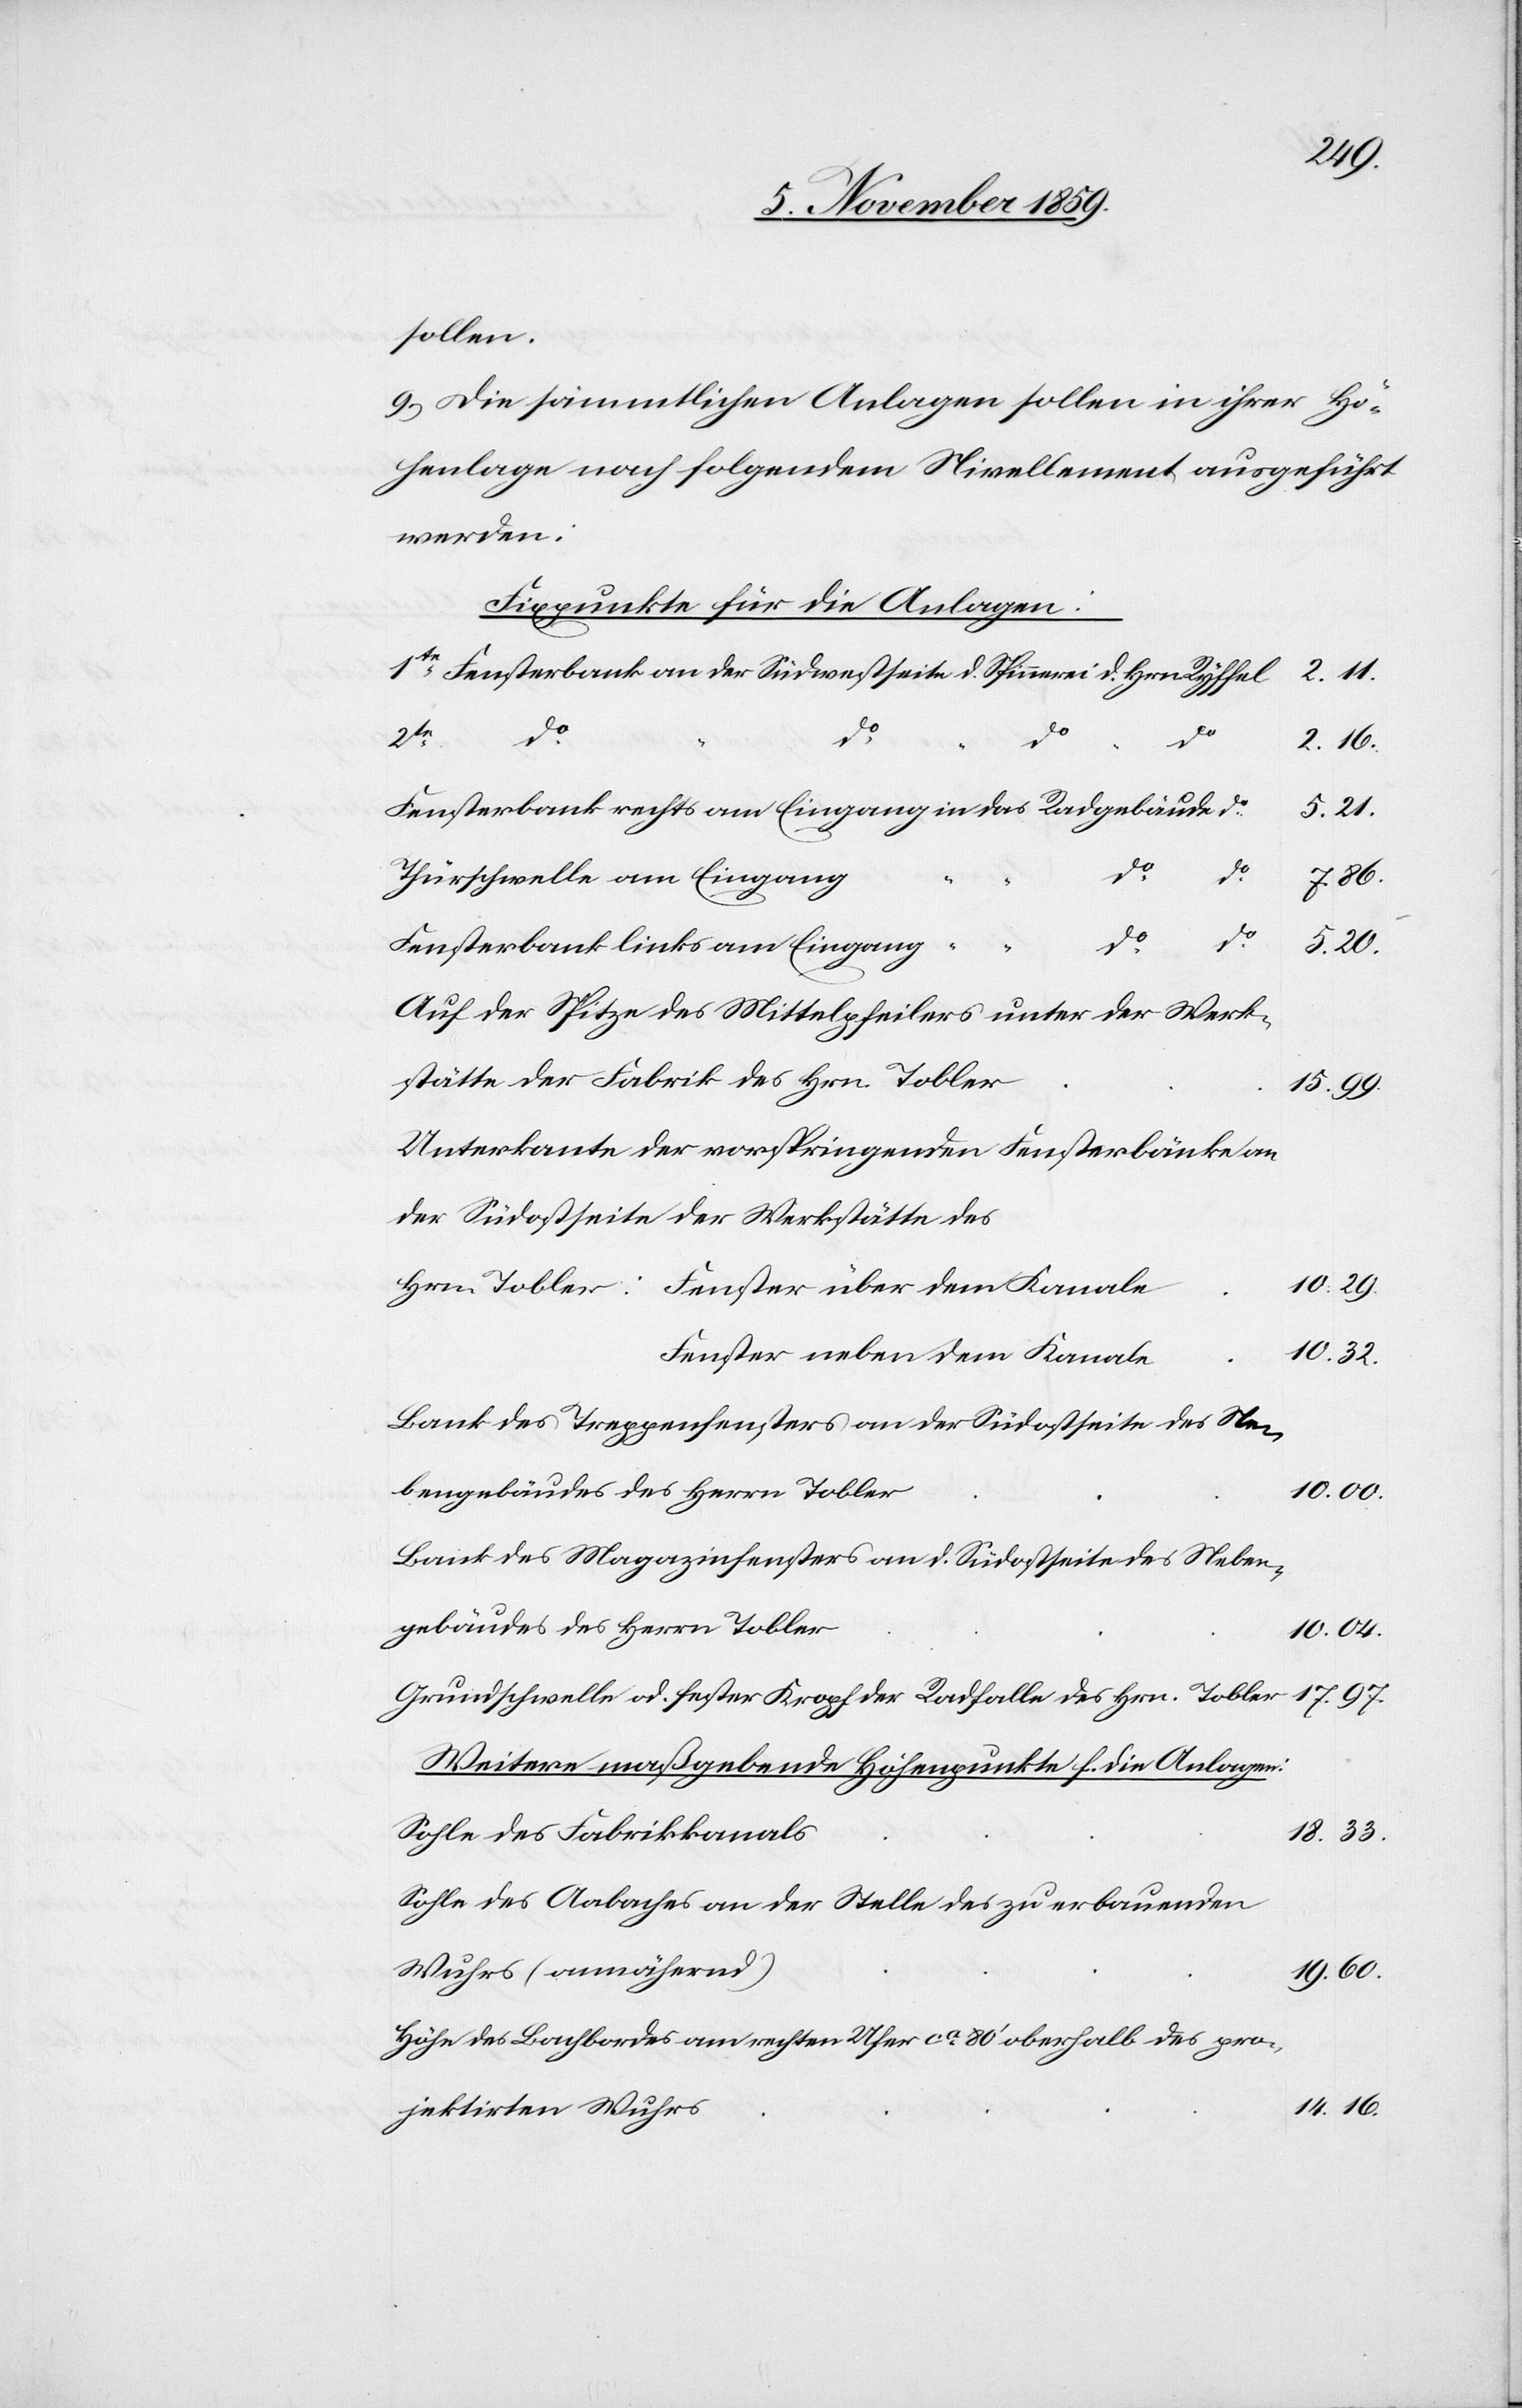
sollen.
9) Die sämmtlichen Anlagen sollen in ihrer Hö¬
henlage nach folgendem Nivellement ausgeführt
werden:
Fixpunkte für die Anlagen:
d.
Hrn.
2.11
2te
2.16
Fensterbank rechts am Eingang in das Radgebäude
Thürschwelle am Eingang
7.86
Fensterbank links am Eingang
5.20
Auf der Spitze des Mittelpfeilers unter der Werk¬
stätte der Fabrik des Herrn Tobler
15.99
Unterkante der vorspringenden Fensterbänke an
der Südseite der Werkstätten des
10.29
Fenster neben dem Kanale
10.32
Bank des Treppenfensters an der Südseite des Ne¬
bengebäudes des Herrn Tobler
10.00
Bank des Magazinfensters an d. Südseite des Neben¬
gebäudes des Herrn Tobler
10.04
Grundschwelle od. Fenster Kropf der Radfalle des Hrn. Tobler
Weitere maßgebende Höhenpunkte f. die Anlagen:
Sohle des Fabrikkanals
18.33
Sohle des Aabaches an der Stelle des zu erbauenden
Wuhres (annähernd)
19.60
Höhe des Bachbandes am rechten Ufer ca. 80’ oberhalb des pro¬
14.16
jektirten Wuhrs